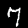
Digit: 7